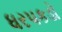
ધરપકડો